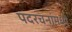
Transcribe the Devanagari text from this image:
पदरचनांमध्ये